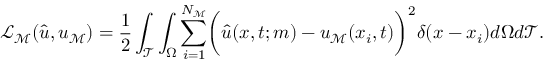
\mathcal { L } _ { \mathcal { M } } ( \hat { \boldsymbol { u } } , \boldsymbol { u } _ { \mathcal { M } } ) = \frac { 1 } { 2 } \int _ { \mathcal { T } } \int _ { \Omega } \sum _ { i = 1 } ^ { N _ { \mathcal { M } } } \biggl ( \hat { u } ( \boldsymbol { x } , t ; \boldsymbol { m } ) - u _ { \mathcal { M } } ( \boldsymbol { x } _ { i } , t ) \biggr ) ^ { 2 } \delta ( \boldsymbol { x } - \boldsymbol { x } _ { i } ) d \Omega d \mathcal { T } .